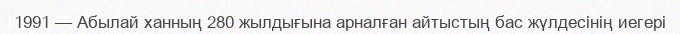
1991 — Абылай ханның 280 жылдығына арналған айтыстың бас жүлдесінің иегері